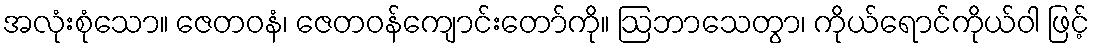
အလုံးစုံသော။ ဇေတဝနံ၊ ဇေတဝန်ကျောင်းတော်ကို။ ဩဘာသေတွာ၊ ကိုယ်ရောင်ကိုယ်ဝါ ဖြင့်